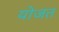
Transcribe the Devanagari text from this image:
योजत